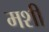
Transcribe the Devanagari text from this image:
मशीं